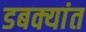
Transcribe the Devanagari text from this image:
डबक्यांत